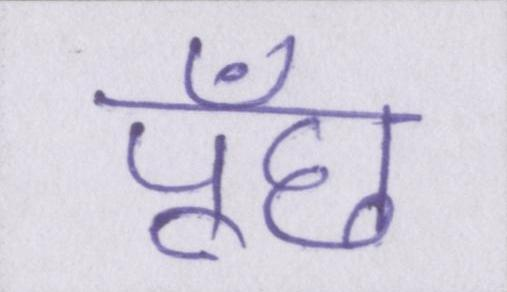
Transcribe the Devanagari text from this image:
पूँछ